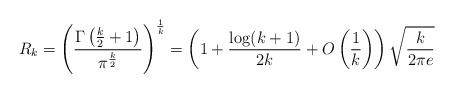
LaTeX: \begin{align*} R_k = \left(\frac{\Gamma\left(\frac{k}{2}+1 \right)}{\pi^{\frac{k}{2}}}\right)^{\frac{1}{k}}= \left(1 + \frac{\log(k+1)}{2k} + O\left(\frac{1}{k} \right) \right)\sqrt{\frac{k}{2\pi e}}\end{align*}